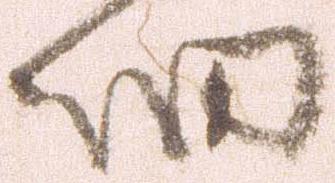
細